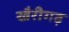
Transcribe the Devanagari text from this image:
खैरीगढ़